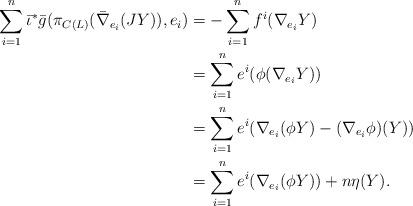
LaTeX: \begin{align*}\sum_{i=1}^{n} \bar{\iota}^{*} \bar{g} (\pi_{C(L)} (\bar{\nabla}_{e_{i}} (JY)), e_{i})&=- \sum_{i=1}^{n} f^{i} (\nabla_{e_{i}} Y)\\&=\sum_{i=1}^{n} e^{i} (\phi (\nabla_{e_{i}} Y))\\&=\sum_{i=1}^{n} e^{i} (\nabla_{e_{i}} (\phi Y) - (\nabla_{e_{i}} \phi) (Y))\\&=\sum_{i=1}^{n} e^{i} (\nabla_{e_{i}} (\phi Y)) + n \eta(Y). \end{align*}